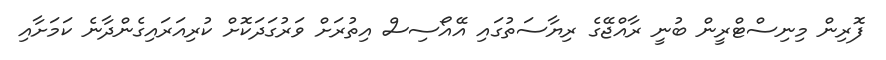
ފޮރިން މިނިސްޓްރީން ބުނީ ރާއްޖޭގެ ރިޔާސަތުގައި އޭއޯސިސް އިތުރަށް ވަރުގަދަކޮށް ކުރިއަރައިގެންދާނެ ކަމަށާއި